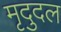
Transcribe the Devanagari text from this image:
मृदुदल